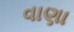
વાણા